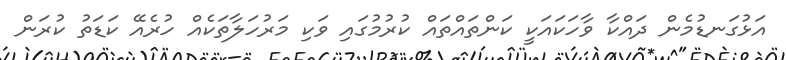
އަޅުގަނޑުމެން ދައްކާ ވާހަކައަކީ ކަންތައްތައް ކުރުމުގައި ވަކި މަރުހަލާތަކެއް ހުރެއޭ ކަޑަތު ކުރަން